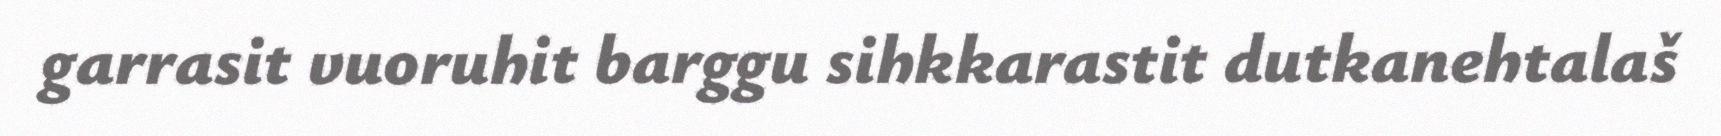
garrasit vuoruhit barggu sihkkarastit dutkanehtalaš